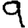
Digit: 9